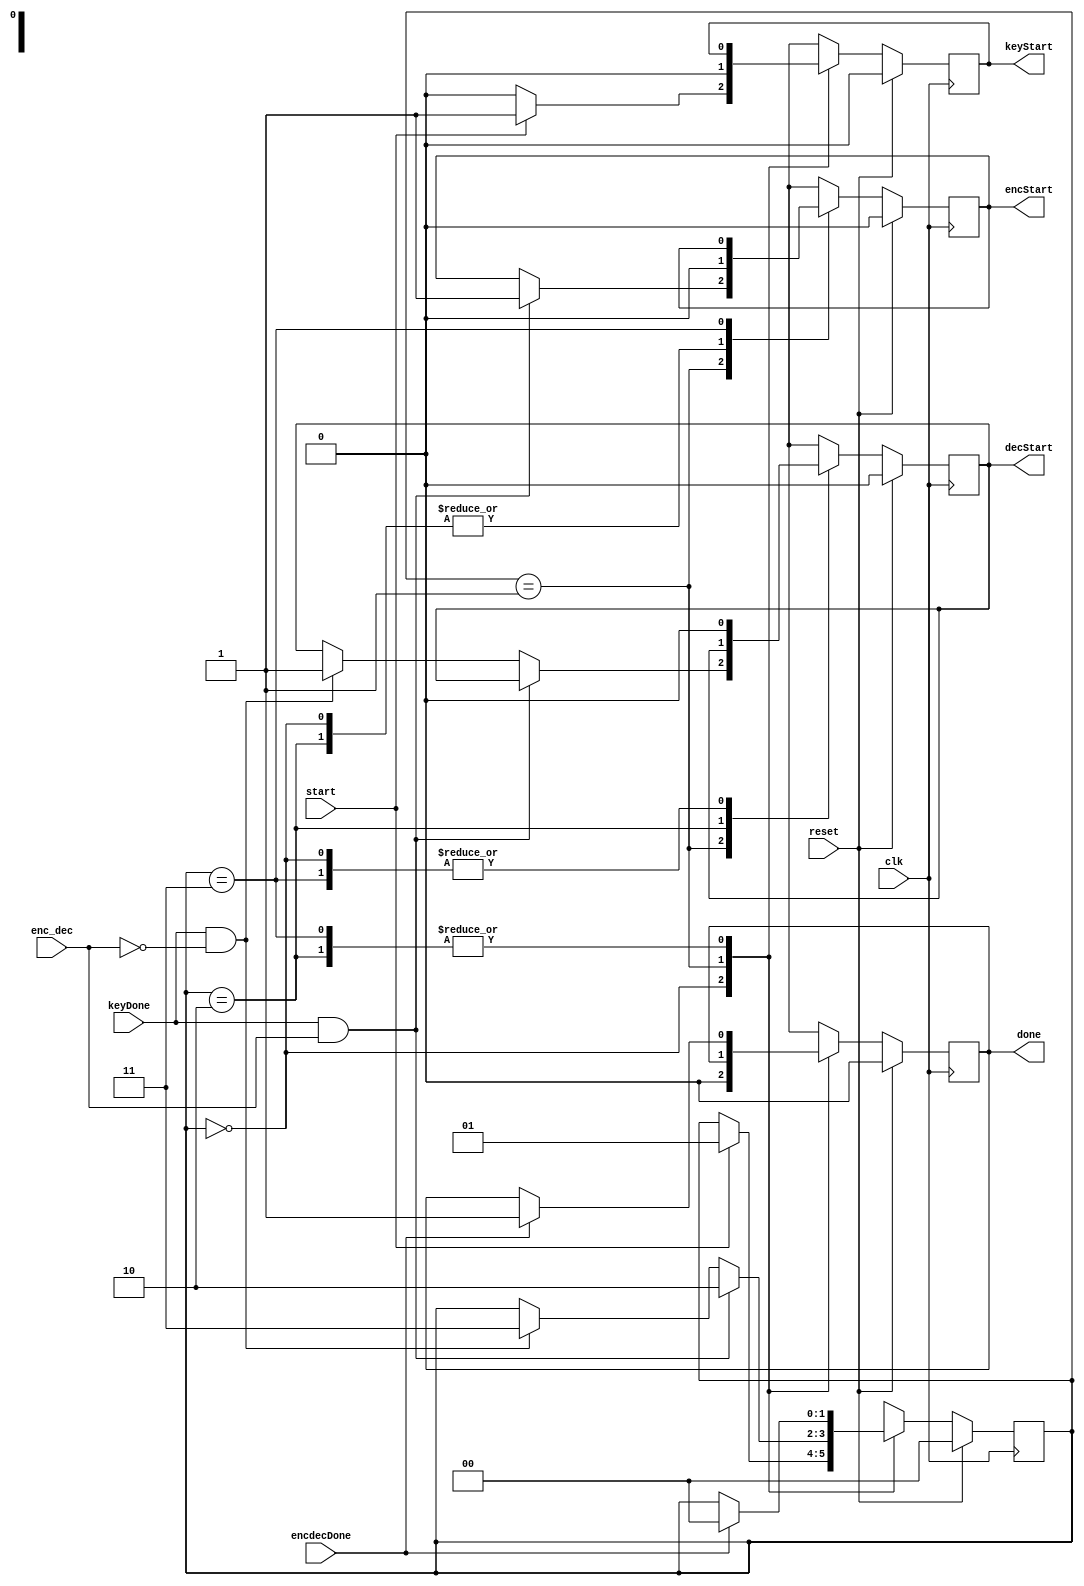
module control_unit(keyStart,encStart,decStart,done,keyDone,encdecDone,start,enc_dec,clk,reset);
output reg keyStart,encStart,decStart,done;
input keyDone,encdecDone,start,enc_dec,clk,reset;
localparam idle=2'd0,keygen=2'd1,enc=2'd2,dec=2'd3;
reg [1:0]ps;

always @(posedge clk)
begin
if(reset)
begin
keyStart=1'd0;
encStart=1'd0;
decStart=1'd0;
done=1'd0;
ps=idle;
end
else
begin
case(ps)

idle:
begin
keyStart=1'd0;
encStart=1'd0;
decStart=1'd0;
done=1'd0;
if(start==1'd1)
begin
keyStart=1'd1;
ps=keygen;
end
end

keygen:
begin
keyStart=1'd0;
if(keyDone==1'd1 && enc_dec)
begin
encStart=1'd1;
ps=enc;
end
else if(keyDone==1'd1 && !enc_dec)
begin
decStart=1'd1;
ps=dec;
end
end

enc:
begin
encStart=1'd0;
if(encdecDone==1'd1)
begin
done=1'd1;
ps=idle;
end
end

dec:
begin
decStart=1'd0;
if(encdecDone==1'd1)
begin
done=1'd1;
ps=idle;
end
end

endcase
end
end

endmodule